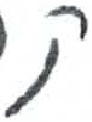
אות: ק